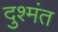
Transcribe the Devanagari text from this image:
दुश्मंत